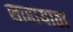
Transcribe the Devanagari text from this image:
साहायाता